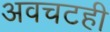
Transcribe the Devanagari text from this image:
अवचटही